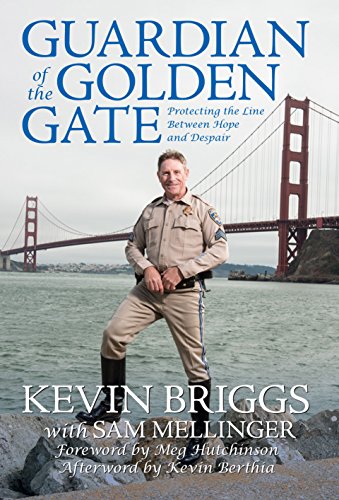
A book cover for Guardian of the Golden Gate: Protecting the Line Between Hope and Despair; Kevin Briggs; Parenting & Relationships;